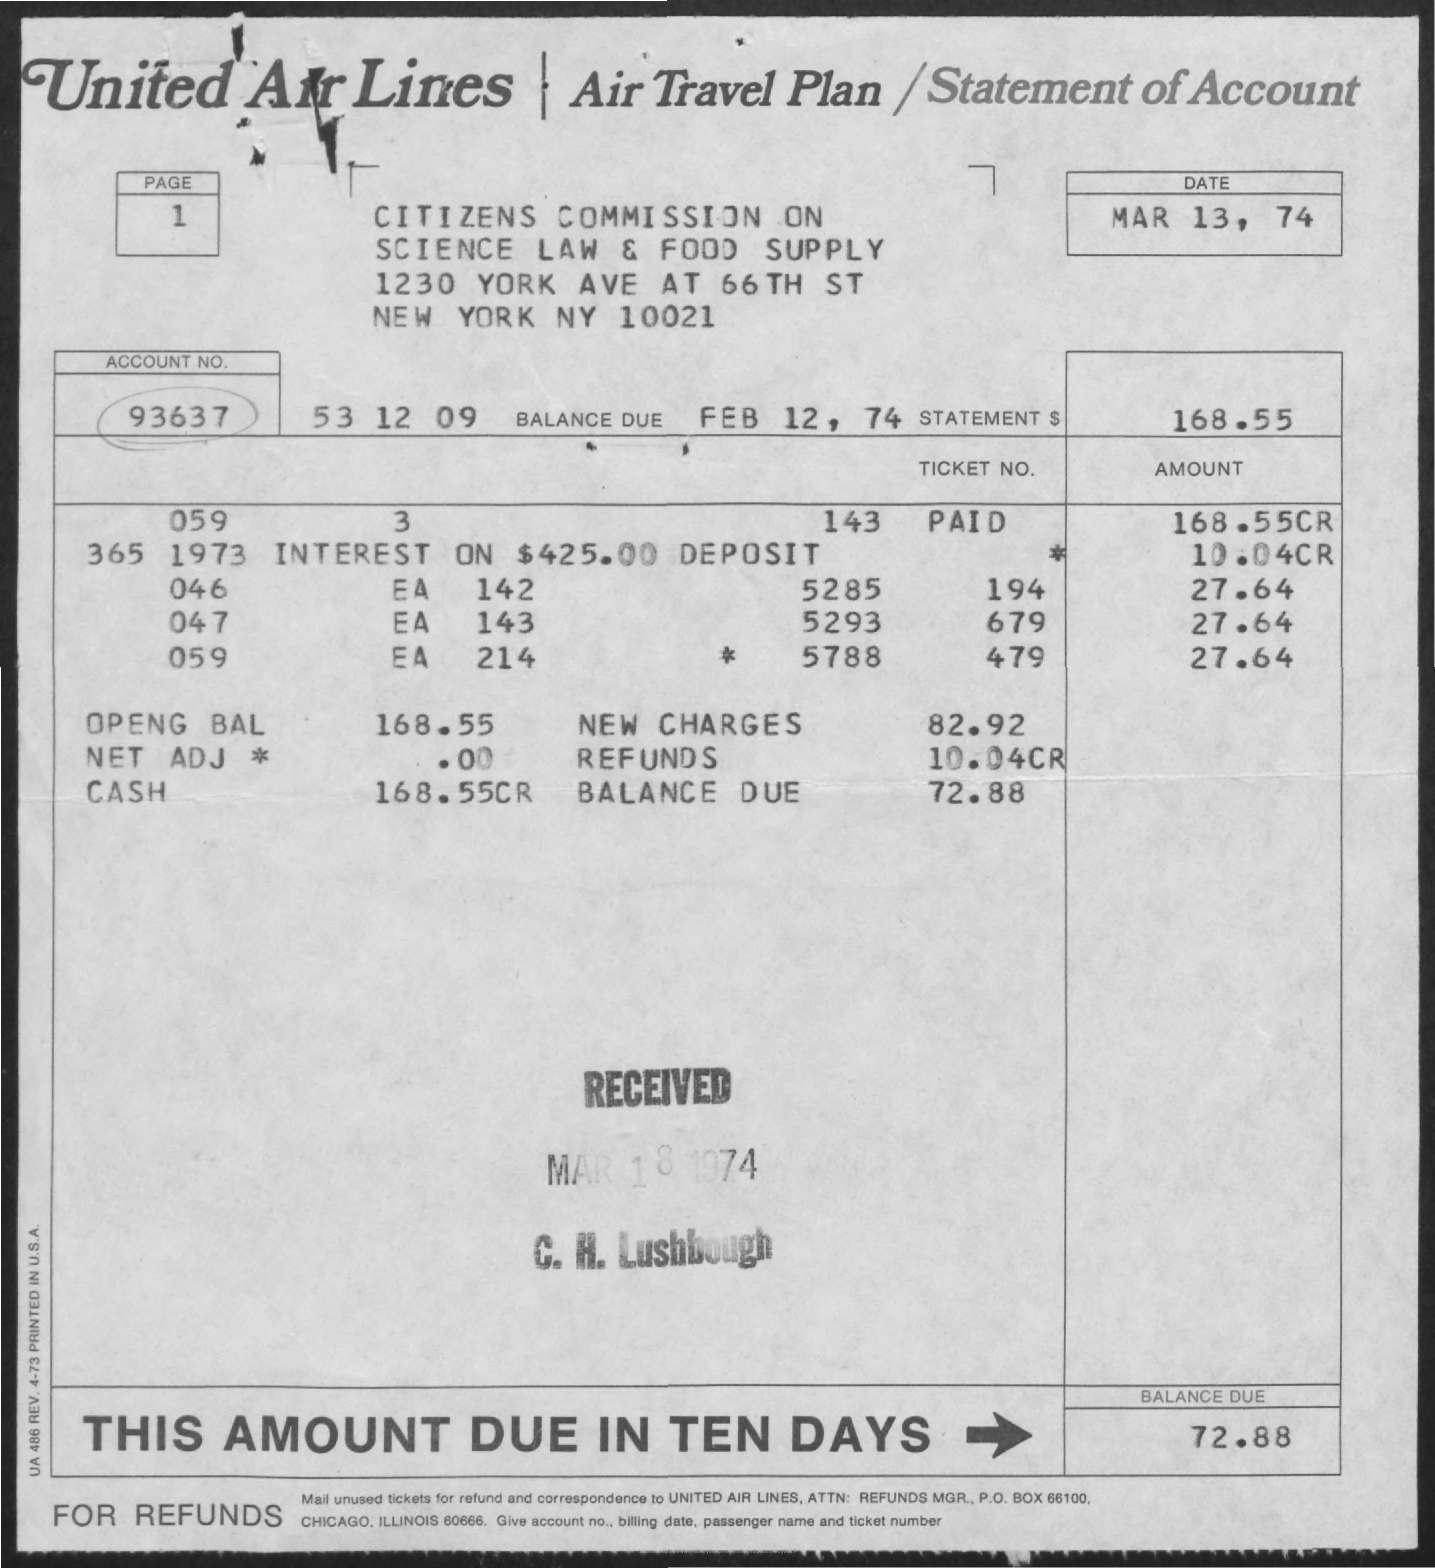
United    Air    Lines    Air    Travel    Plan    /   Statement    of    Account
     PAGE    7    DATE
     1    CITIZENS    COMMISSION    ON    MAR    13,    74
     SCIENCE    LAW    &    FOOD    SUPPLY
     1230    YORK    AVE    AT    66   TH    ST
     NEW    YORK    NY    10021
     ACCOUNT   NO.
     93637    53    12    09    BALANCE    DUE    FEB    12,    74    STATEMENT    $    168.55
     TICKET   NO.    AMOUNT
     059    143
     365    1973    INTEREST    ON    $425.00    DEPOSIT
     PAID    168.55CR
     10.04CR
     046    EA    142    5285    194    27.64
     047    EA    143    5293    679    27.64
     059    EA    214    5788    479    27.64
     OPENG    BAL    168.55    NEW    CHARGES    82.92
     NET    ADJ    *    . 00    REFUNDS    10.04CR
     CASH    168.55CR    BALANCE    DUE    72.88
     RECEIVED
     MAR    18    1974
     C.  H.   Lushbough
     BALANCE   DUE
     THIS    AMOUNT    DUE    IN    TEN    DAYS    72.88
   UA
   486
   REV.
   4-73
   PRINTED
   IN
   U.S.A.
     FOR    REFUNDS
     Mall unused tickets for refund and correspondence to UNITED AIR LINES, ATTN: REFUNDS MGR ., P.O. BOX 66100,
     CHICAGO, ILLINOIS 60666. Give account no ., billing date, passenger name and ticket number
     Source: https://www.industrydocuments.ucsf.edu/docs/xrcy0227